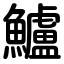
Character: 鱸